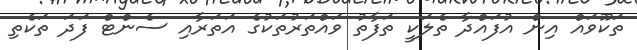
ތަކޫވައް އިން އުފައްދާ ތެލަކީ ތަފާތު ވައްތަރުތަކުގެ އަތަރާއި ސެންޓް ފަދަ ތަކެތި